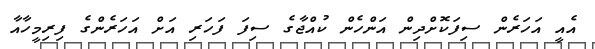
އެއީ އަހަރެން ސިފަކޮށްދިން އަންހެން ކުއްޖާގެ ސިފަ ފަހަރި އަށް އަހަރެންގެ ފިރިމީހާއާ